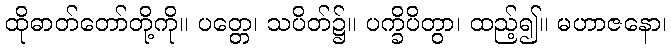
ထိုဓာတ်တော်တို့ကို။ ပတ္တေ၊ သပိတ်၌။ ပက္ခိပိတွာ၊ ထည့်၍။ မဟာဇနော၊